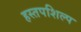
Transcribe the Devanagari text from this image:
हस्तपशिल्प